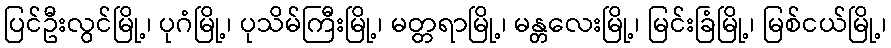
ပြင်ဦးလွင်မြို့၊ ပုဂံမြို့၊ ပုသိမ်ကြီးမြို့၊ မတ္တရာမြို့၊ မန္တလေးမြို့၊ မြင်းခြံမြို့၊ မြစ်ငယ်မြို့၊